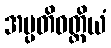
အပ္ပတိဝတ္တိယံ